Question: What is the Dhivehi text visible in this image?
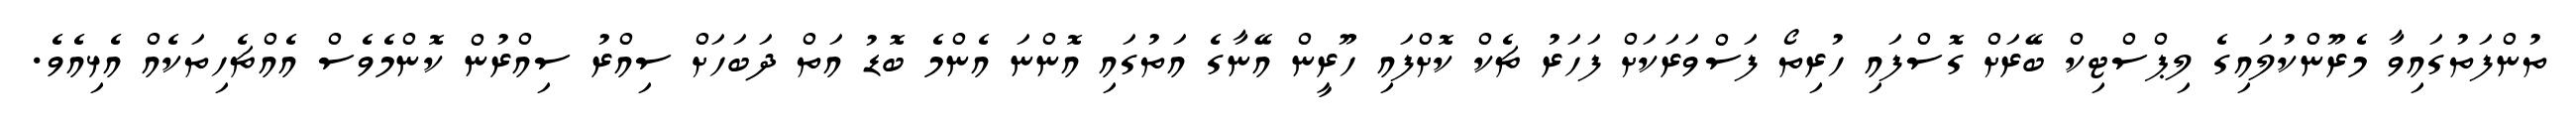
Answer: ތުންފަތުގައިވާ މެރޫންކުލައިގެ ލިޕްސްޓިކް ބޭރަށް ގޮސްފައި ހުރިތޯ ފަސްވަރަކަށް ފަހަރު ޗެކް ކޮށްފައި ހޫރީން އޭނާގެ އަތުގައި އޮންނަ އެންމެ ބޮޑު އަތް ދަބަހަށް ސިއްރު ސިއްރުން ކޮންމެވެސް އެއްޗެހިތަކެއް އެޅިއެވެ.